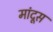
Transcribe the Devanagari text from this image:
मांदूस